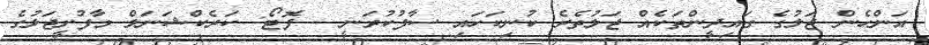
އަންހެން ޖަލުގެ ގައިދީންތަކެއް ޖަލުތެރެ ކުނިކަހައި ސާފުކުރަނީ - ފޮޓޯ: ކަރެކްޝަނަލް މާފުށީޖަލުގެ